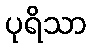
ပုရိသာ